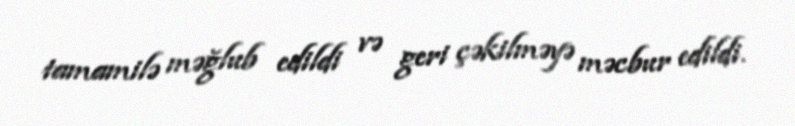
tamamilə məğlub edildi və geri çəkilməyə məcbur edildi.